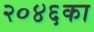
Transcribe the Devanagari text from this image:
२०४६का